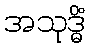
အသုဒ္ဓိံ